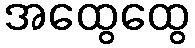
အထွေထွေ